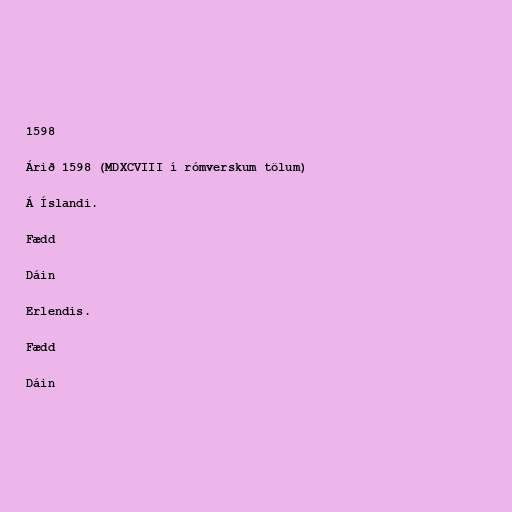
1598

Árið 1598 (MDXCVIII í rómverskum tölum)

Á Íslandi.

Fædd

Dáin

Erlendis.

Fædd

Dáin